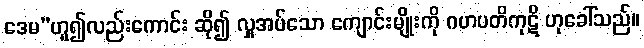
ဒေမ”ဟူ၍လည်းကောင်း ဆို၍ လှူအပ်သော ကျောင်းမျိုးကို ဂဟပတိကုဋိ ဟုခေါ်သည်။